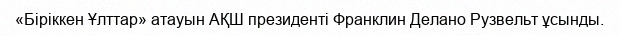
«Біріккен Ұлттар» атауын АҚШ президенті Франклин Делано Рузвельт ұсынды.